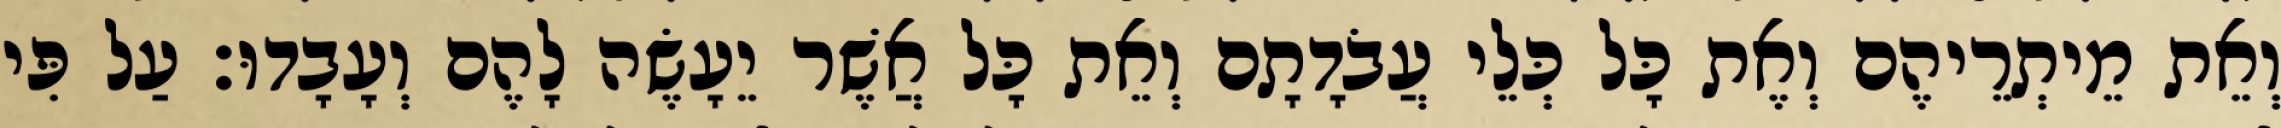
וְאֵת מֵיתְרֵיהֶם וְאֶת כָּל כְּלֵי עֲבֹדָתָם וְאֵת כָּל אֲשֶׁר יֵעָשֶׂה לָהֶם וְעָבָדוּ׃ עַל פִּי